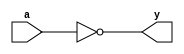
module inverter(a, y);
input [5:0] a;
output [5:0] y;

assign y = ~a;

endmodule